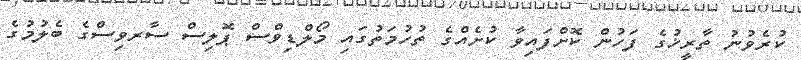
ކުރެވުނު ތާރީޚުގެ ފަހުން ކޮށްފައިވާ ކުށެއްގެ ތުހުމަތުގައި މޯލްޑިވްސް ޕޮލިސް ސާރވިސްގެ ބެލުމުގެ